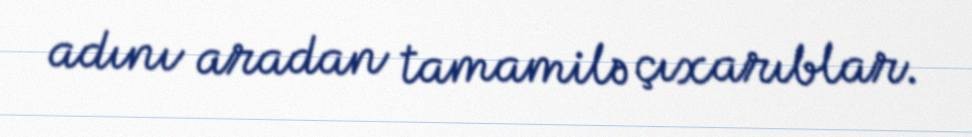
adını aradan tamamilə çıxarıblar.